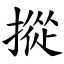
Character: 摐